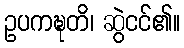
ဥပကဍ္ဎတိ၊ ဆွဲငင်၏။